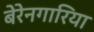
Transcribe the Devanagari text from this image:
बेरेनगारिया